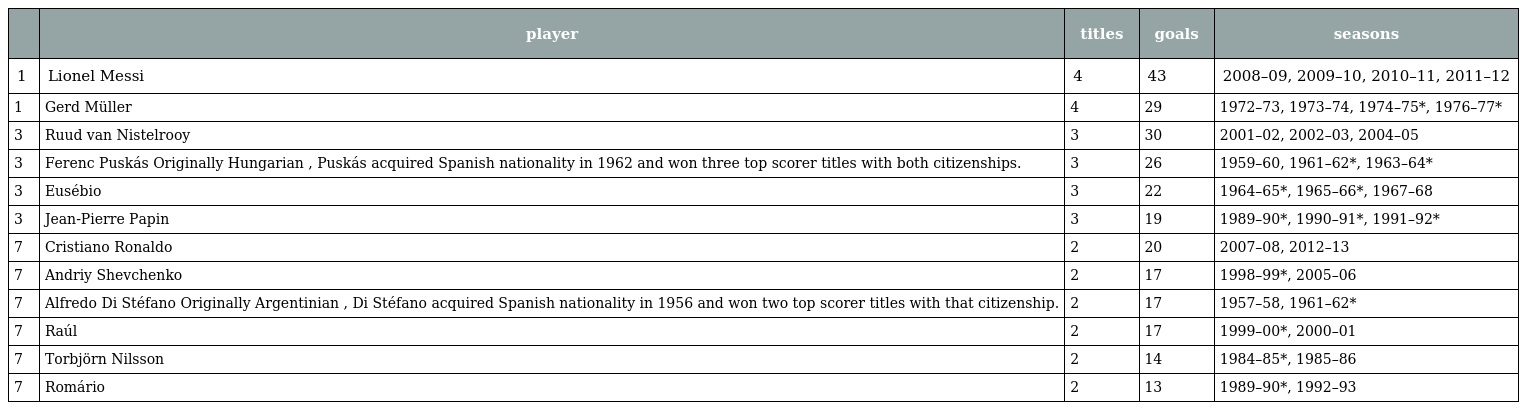
|  | player | titles | goals | seasons |
 | --- | --- | --- | --- | --- |
 | 1 | Lionel Messi | 4 | 43 | 2008–09, 2009–10, 2010–11, 2011–12 |
 | 1 | Gerd Müller | 4 | 29 | 1972–73, 1973–74, 1974–75*, 1976–77* |
 | 3 | Ruud van Nistelrooy | 3 | 30 | 2001–02, 2002–03, 2004–05 |
 | 3 | Ferenc Puskás Originally Hungarian , Puskás acquired Spanish nationality in 1962 and won three top scorer titles with both citizenships. | 3 | 26 | 1959–60, 1961–62*, 1963–64* |
 | 3 | Eusébio | 3 | 22 | 1964–65*, 1965–66*, 1967–68 |
 | 3 | Jean-Pierre Papin | 3 | 19 | 1989–90*, 1990–91*, 1991–92* |
 | 7 | Cristiano Ronaldo | 2 | 20 | 2007–08, 2012–13 |
 | 7 | Andriy Shevchenko | 2 | 17 | 1998–99*, 2005–06 |
 | 7 | Alfredo Di Stéfano Originally Argentinian , Di Stéfano acquired Spanish nationality in 1956 and won two top scorer titles with that citizenship. | 2 | 17 | 1957–58, 1961–62* |
 | 7 | Raúl | 2 | 17 | 1999–00*, 2000–01 |
 | 7 | Torbjörn Nilsson | 2 | 14 | 1984–85*, 1985–86 |
 | 7 | Romário | 2 | 13 | 1989–90*, 1992–93 |